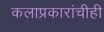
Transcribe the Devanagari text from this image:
कलाप्रकारांचीही